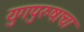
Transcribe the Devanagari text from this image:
युगपुरुषाचा